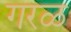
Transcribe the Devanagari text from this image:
गरळ